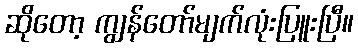
ဆိုတော့ ကျွန်တော်မျက်လုံးပြူးပြီ။